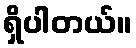
ရှိပါတယ်။